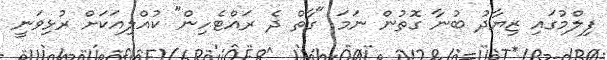
ފިލްމުގައި ޒިޔާދު ބުނާ ގޮތުން ނަމަ "ގާތް ދެ ރައްޓެހިން" ކުއްލިއަކަށް ރުޅިވަނީ